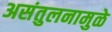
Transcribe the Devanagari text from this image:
असंतुलनामुळे